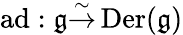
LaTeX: \operatorname{ad}:{\mathfrak{g}}{\overset{\sim}{\to}}\operatorname{Der}({\mathfrak{g}})